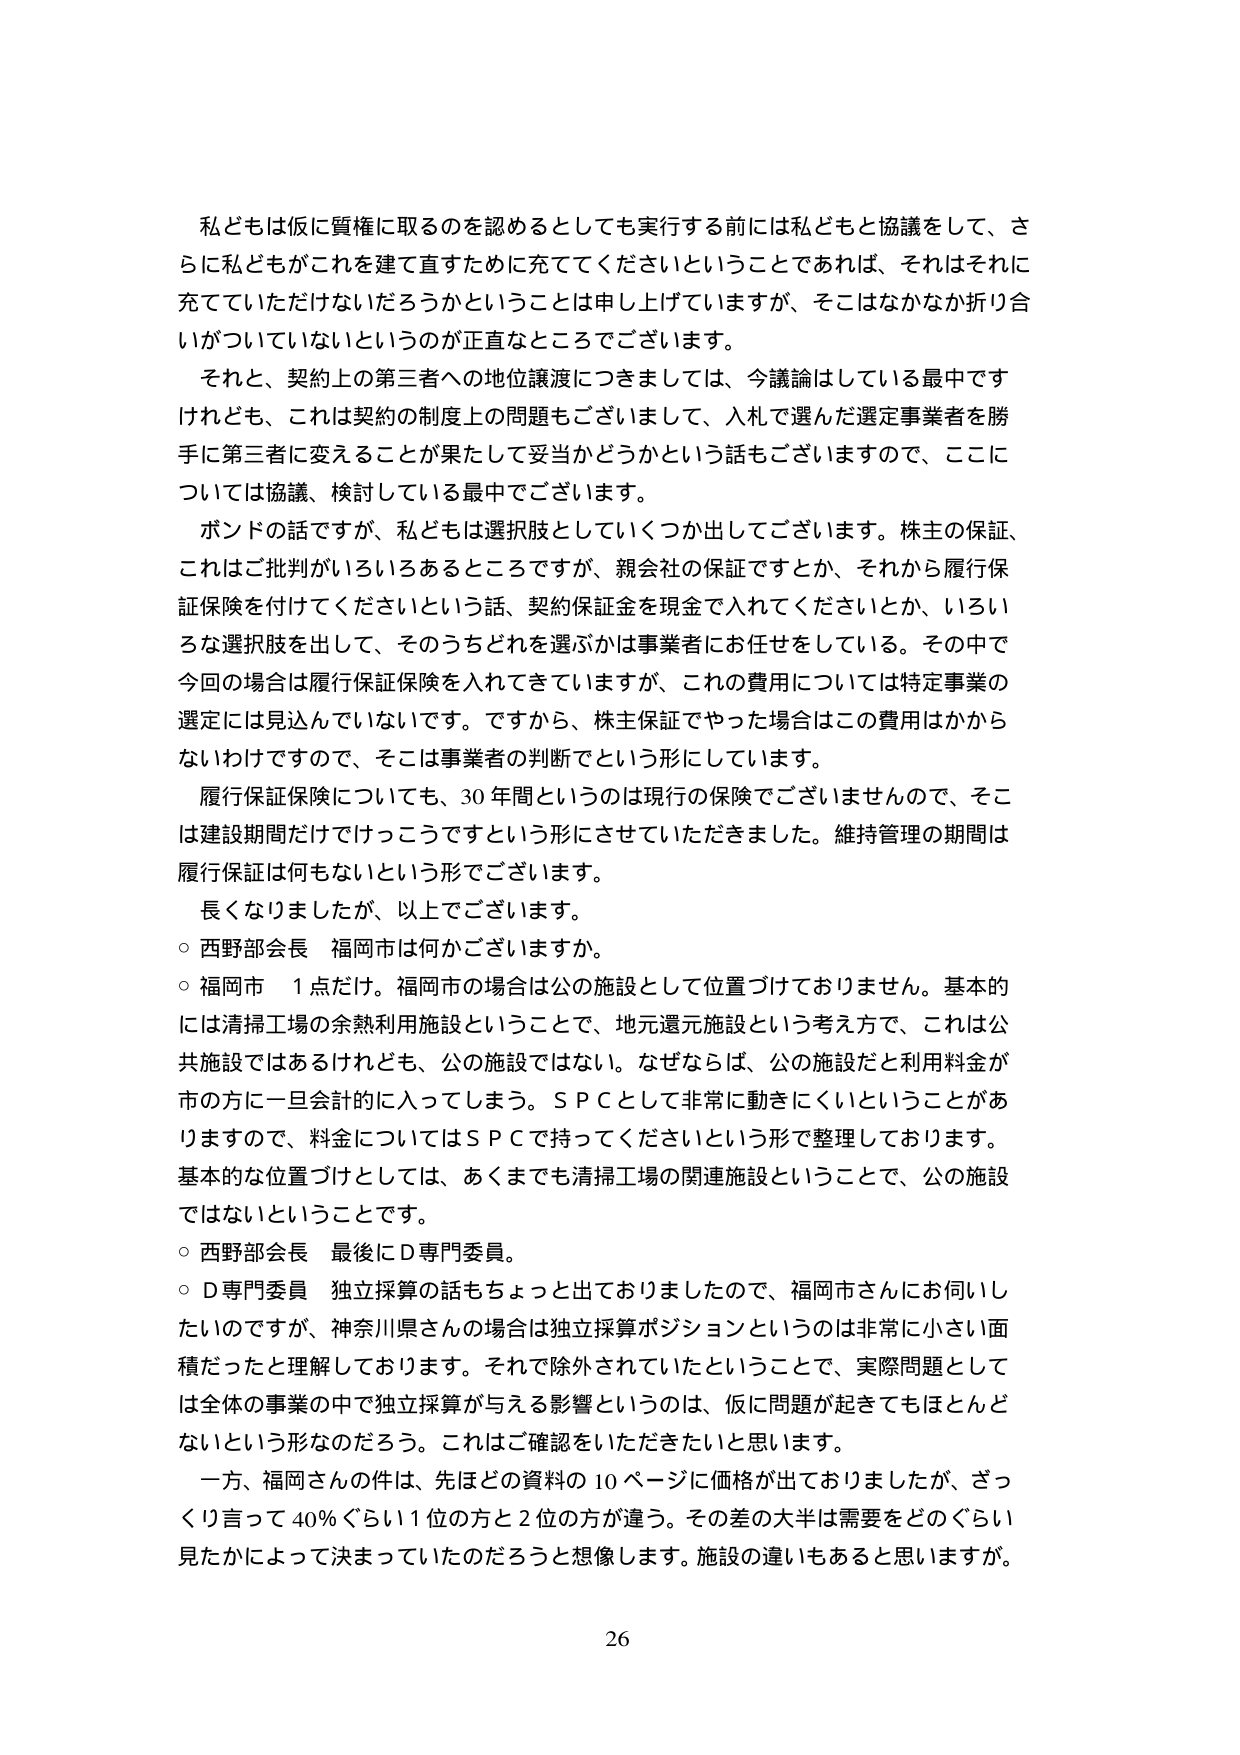
私どもは仮に質権に取るのを認めるとしても実行する前には私どもと協議をして、さらに私どもがこれを建てて直すために充ててくださいということであれば、それはそれに充てていただけないだろうかということは申し上げていますが、そこはなかなか折り合いがついていないというのが正直なところでございます。

それと、契約上の第三者への地位譲渡につきましては、今議論はしている最中ですけれども、これは契約の制度上の問題もございまして、入札で選んだ選定事業者を勝手に第三者に変えることが果たして妥当かどうかという話もございますので、ここについては協議、検討している最中でございます。

ボンドの話ですが、私どもは選択肢としていくつか出してございます。株主の保証、これはご批判がいろいろあるところですが、親会社の保証ですとか、それから履行保証保険を付けてくださいという話、契約保証金を現金で入れてくださいとか、いろいろな選択肢を出して、そのうちどれを選ぶかは事業者にお任せをしている。その中で今回の場合は履行保証保険を入れてきていますが、これの費用については特定事業の選定には見込んでいないです。ですから、株主保証でやった場合はこの費用はかからないわけですので、そこは事業者の判断でという形にしています。

履行保証保険についても、30年間というのは現行の保険でございませんので、そこは建設期間だけではけっこうですという形にさせていただきました。維持管理の期間は履行保証は何もないという形でございます。

長くなりましたがあ、以上でございます。

○ 西野部会長 福岡市は何かございますか。

○ 福岡市 1点だけ。福岡市の場合公の施設として位置づけておりません。基本的には清掃工場の余熱利用施設ということで、地元還元施設という考え方で、これは公共施設ではあるけれども、公の施設ではない。なぜならば、公の施設だと利用料金が市の方に一旦会計的に入ってしまう。ＳＰＣとして非常に動きにくいということがありますので、料金についてはＳＰＣで持ってくださいという形で整理しております。基本的な位置づけとしては、あくまでも清掃工場の関連施設ということで、公の施設ではないということです。

○ 西野部会長 最後にＤ専門委員。

○ Ｄ専門委員 独立採算の話もちょっと出ておりましたので、福岡市さんにお伺いしたいのですが、神奈川県さんの場合は独立採算ポジションというのは非常に小さい面積だったと理解しております。それで除外されていたということで、実際問題としては全体の事業の中で独立採算が与える影響というのは、仮に問題が起きてもほとんどないという形なのだろう。これはご確認をいただきたいと思います。

一方、福岡さんの件は、先ほどの資料の10ページに価格が出ておりましたが、ざっくり言って40％ぐらい1位の方と2位の方が違う。その差の大半は需要をどのぐらい見たかによって決まっていたのだろうと想像します。施設の違いもあると思いますが。

26